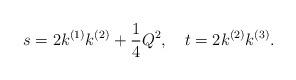
LaTeX: \begin{align*}s=2k^{(1)}k^{(2)}+\frac{1}{4}Q^2,~~~t=2k^{(2)}k^{(3)}.\end{align*}